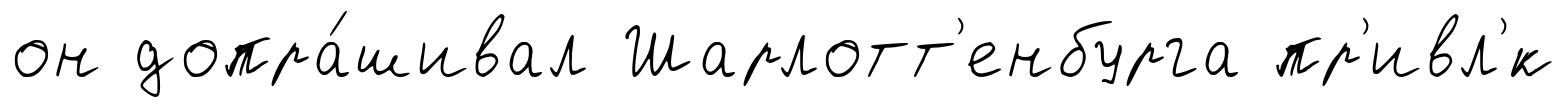
он допра́шивал Шарлотт'енбурга пр'ивл'́к